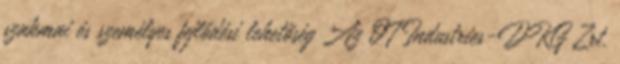
szakmai és személyes fejlődési lehetőség Az OT Industries-DKG Zrt.